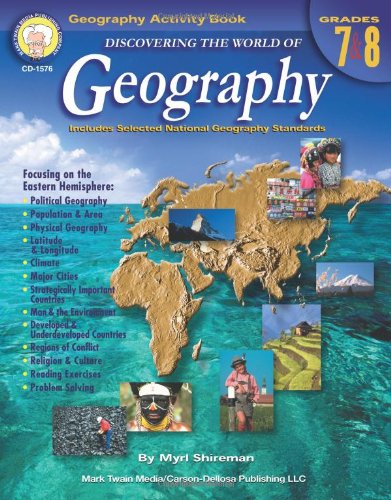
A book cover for Discovering the World of Geography, Grades 7 - 8: Includes Selected National Geography Standards; Myrl Shireman; Teen & Young Adult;